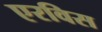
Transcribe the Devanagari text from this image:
एरविस